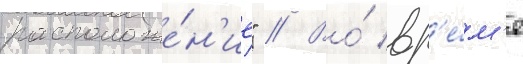
расположе́н'ие" // Во́ вр'е́м'я